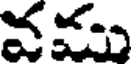
వము